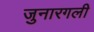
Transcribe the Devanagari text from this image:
जुनारगली